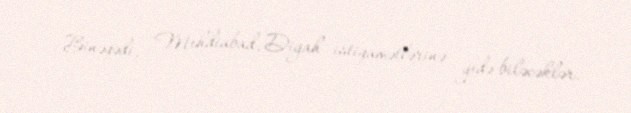
Binəqədi, Mehdiabad, Digah istiqamətlərinə gedə biləcəklər.